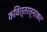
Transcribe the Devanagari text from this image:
कवित्तरत्नाकर